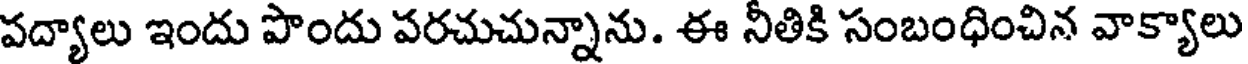
పద్యాలు ఇందు పొందు పరచుచున్నాను. ఈ నీతికి సంబంధించిన వాక్యాలు